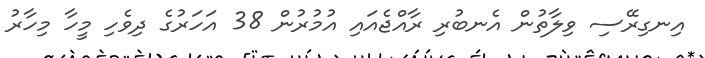
އިނގިރޭސި ވިލާތުން އެނބުރި ރާއްޖެއައި އުމުރުން 38 އަހަރުގެ ދިވެހި މީހާ މިހާރު